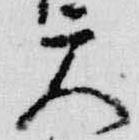
天